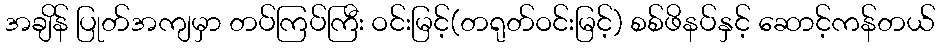
အချိန် ပြုတ်အကျမှာ တပ်ကြပ်ကြီး ဝင်းမြင့်(တရုတ်ဝင်းမြင့်) စစ်ဖိနပ်နှင့် ဆောင့်ကန်တယ်